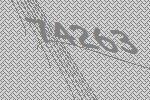
74263